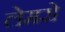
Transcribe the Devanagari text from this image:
लेमरो